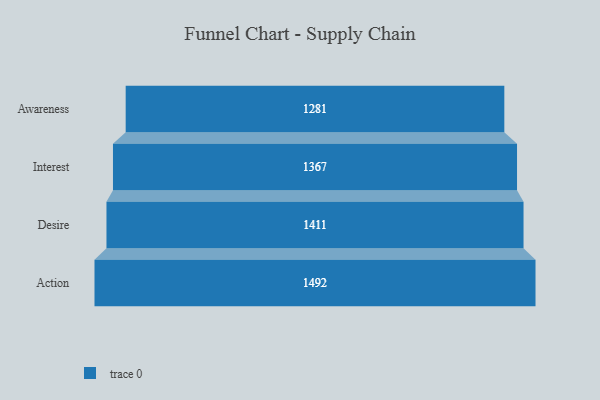
{"axis": {"x": "Stage", "y": "Value"}, "legend": [""], "data": [{"x": "Awareness", "y": 1281.0, "type": ""}, {"x": "Interest", "y": 1367.0, "type": ""}, {"x": "Desire", "y": 1411.0, "type": ""}, {"x": "Action", "y": 1492.0, "type": ""}]}